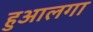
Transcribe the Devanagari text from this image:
हुआलगा